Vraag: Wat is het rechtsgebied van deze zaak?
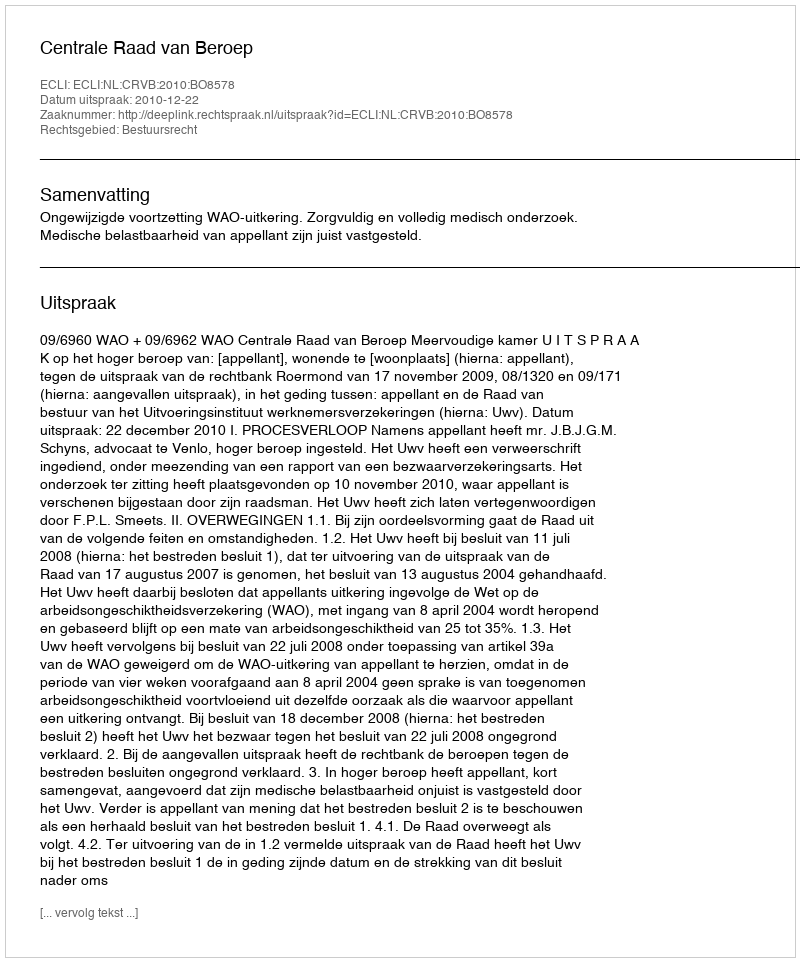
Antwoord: Bestuursrecht